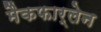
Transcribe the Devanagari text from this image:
मैकफार्लेन